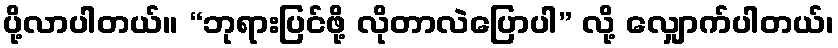
ပို့လာပါတယ်။ “ဘုရားပြင်ဖို့ လိုတာလဲပြောပါ” လို့ လျှောက်ပါတယ်၊